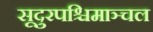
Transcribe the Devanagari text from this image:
सूदुरपश्चिमाञ्चल